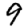
Digit: 9